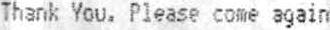
THANK YOU. PLEASE COME AGAIN